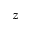
z